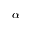
\alpha